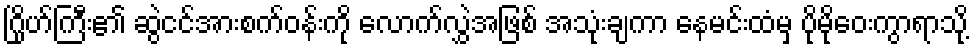
ဂြိုဟ်ကြီး၏ ဆွဲငင်အားစက်ဝန်းကို လောက်လွှဲအဖြစ် အသုံးချကာ နေမင်းထံမှ ပိုမိုဝေးကွာရာသို့